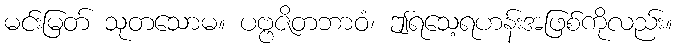
မင်းမြတ် သုတသောမ။ ပဗ္ဗဇိတဘာဝံ၊ ဤရသေ့ရဟန်းအဖြစ်ကိုလည်း။